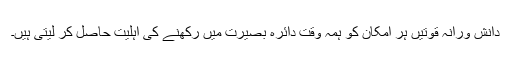
دانش ورانہ قوتیں ہر امکان کو ہمہ وقت دائرہ بصیرت میں رکھنے کی اہلیت حاصل کر لیتی ہیں۔